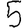
Digit: 5